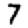
Digit: 7